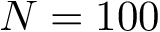
N = 1 0 0